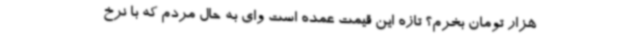
هزار تومان بخرم؟ تازه این قیمت عمده است وای به حال مردم که با نرخ